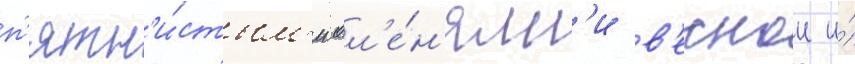
п'ятн'и́стым'и ол'е́н'ям'и в'еснои и́